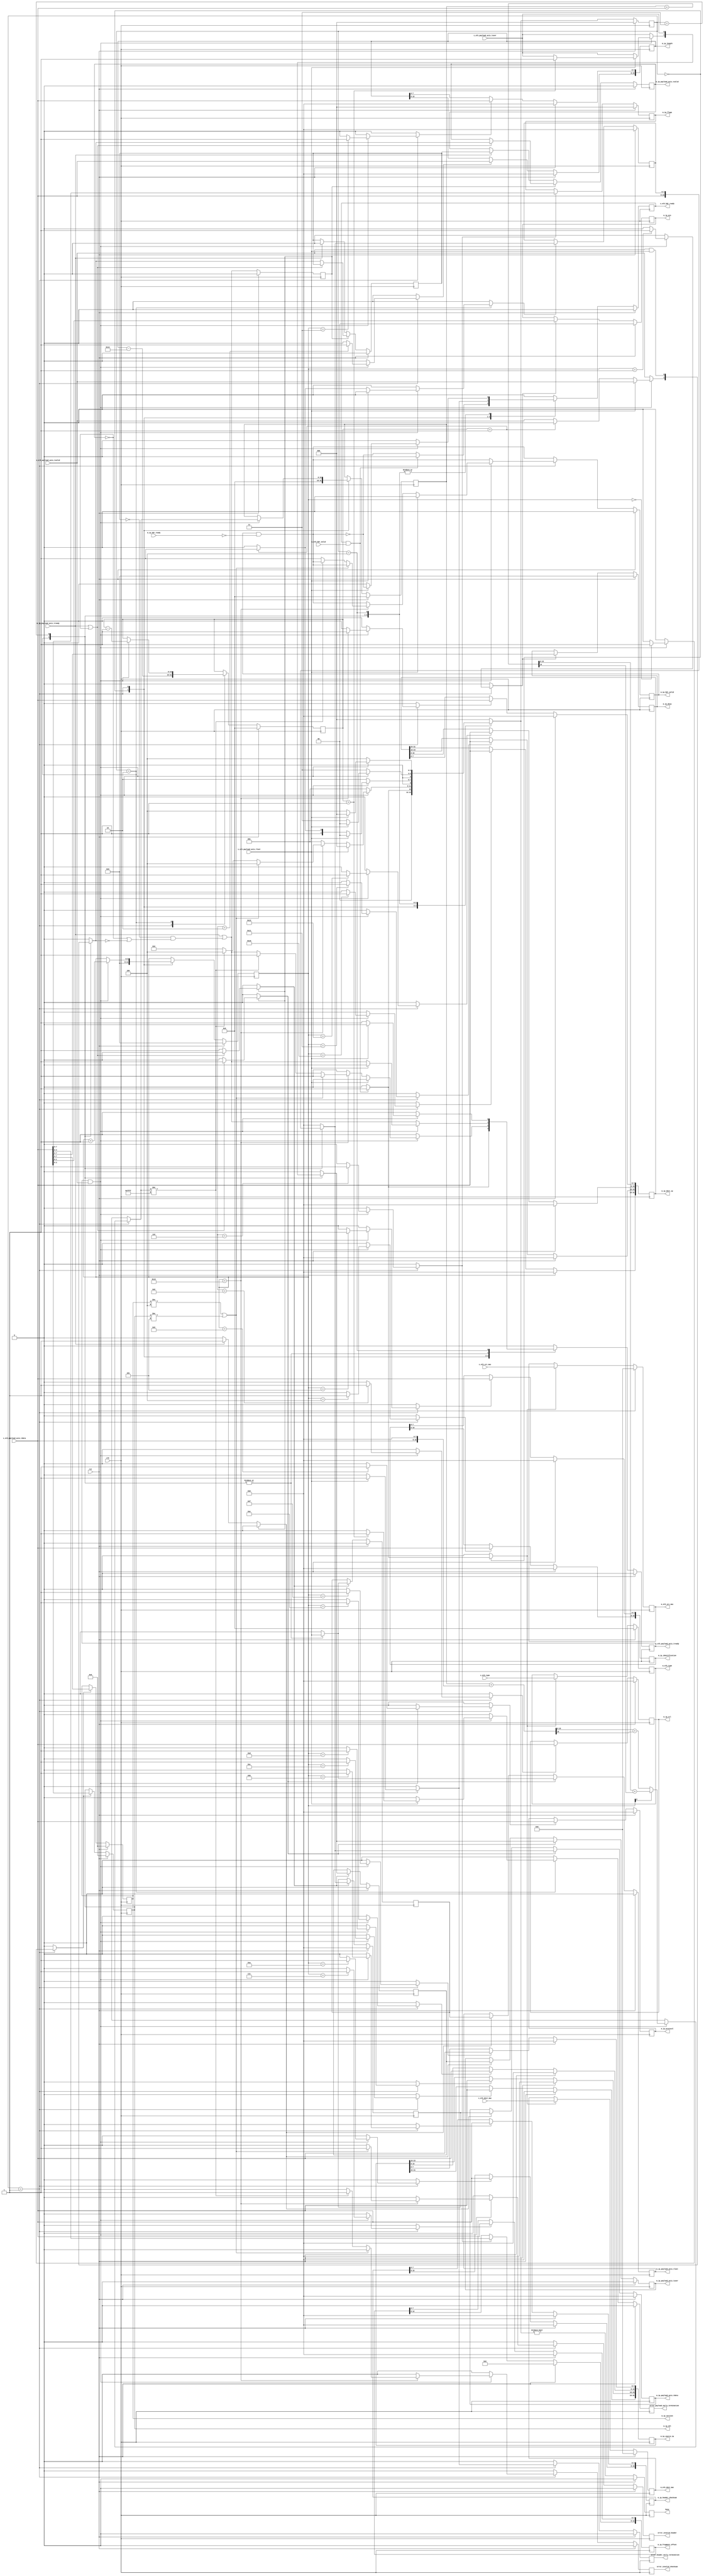
/*

Copyright (c) 2014-2018 Alex Forencich

Permission is hereby granted, free of charge, to any person obtaining a copy
of this software and associated documentation files (the "Software"), to deal
in the Software without restriction, including without limitation the rights
to use, copy, modify, merge, publish, distribute, sublicense, and/or sell
copies of the Software, and to permit persons to whom the Software is
furnished to do so, subject to the following conditions:

The above copyright notice and this permission notice shall be included in
all copies or substantial portions of the Software.

THE SOFTWARE IS PROVIDED "AS IS", WITHOUT WARRANTY OF ANY KIND, EXPRESS OR
IMPLIED, INCLUDING BUT NOT LIMITED TO THE WARRANTIES OF MERCHANTABILITY
FITNESS FOR A PARTICULAR PURPOSE AND NONINFRINGEMENT. IN NO EVENT SHALL THE
AUTHORS OR COPYRIGHT HOLDERS BE LIABLE FOR ANY CLAIM, DAMAGES OR OTHER
LIABILITY, WHETHER IN AN ACTION OF CONTRACT, TORT OR OTHERWISE, ARISING FROM,
OUT OF OR IN CONNECTION WITH THE SOFTWARE OR THE USE OR OTHER DEALINGS IN
THE SOFTWARE.

*/

// Language: Verilog 2001

`timescale 1ns / 1ps

/*
 * IP ethernet frame receiver (Ethernet frame in, IP frame out)
 */
module ip_eth_rx
(
    input  wire        clk,
    input  wire        rst,

    /*
     * Ethernet frame input
     */
    input  wire        s_eth_hdr_valid,
    output wire        s_eth_hdr_ready,
    input  wire [47:0] s_eth_dest_mac,
    input  wire [47:0] s_eth_src_mac,
    input  wire [15:0] s_eth_type,
    input  wire [7:0]  s_eth_payload_axis_tdata,
    input  wire        s_eth_payload_axis_tvalid,
    output wire        s_eth_payload_axis_tready,
    input  wire        s_eth_payload_axis_tlast,
    input  wire        s_eth_payload_axis_tuser,

    /*
     * IP frame output
     */
    output wire        m_ip_hdr_valid,
    input  wire        m_ip_hdr_ready,
    output wire [47:0] m_eth_dest_mac,
    output wire [47:0] m_eth_src_mac,
    output wire [15:0] m_eth_type,
    output wire [3:0]  m_ip_version,
    output wire [3:0]  m_ip_ihl,
    output wire [5:0]  m_ip_dscp,
    output wire [1:0]  m_ip_ecn,
    output wire [15:0] m_ip_length,
    output wire [15:0] m_ip_identification,
    output wire [2:0]  m_ip_flags,
    output wire [12:0] m_ip_fragment_offset,
    output wire [7:0]  m_ip_ttl,
    output wire [7:0]  m_ip_protocol,
    output wire [15:0] m_ip_header_checksum,
    output wire [31:0] m_ip_source_ip,
    output wire [31:0] m_ip_dest_ip,
    output wire [7:0]  m_ip_payload_axis_tdata,
    output wire        m_ip_payload_axis_tvalid,
    input  wire        m_ip_payload_axis_tready,
    output wire        m_ip_payload_axis_tlast,
    output wire        m_ip_payload_axis_tuser,

    /*
     * Status signals
     */
    output wire        busy,
    output wire        error_header_early_termination,
    output wire        error_payload_early_termination,
    output wire        error_invalid_header,
    output wire        error_invalid_checksum
);

/*

IP Frame

 Field                       Length
 Destination MAC address     6 octets
 Source MAC address          6 octets
 Ethertype (0x0800)          2 octets
 Version (4)                 4 bits
 IHL (5-15)                  4 bits
 DSCP (0)                    6 bits
 ECN (0)                     2 bits
 length                      2 octets
 identification (0?)         2 octets
 flags (010)                 3 bits
 fragment offset (0)         13 bits
 time to live (64?)          1 octet
 protocol                    1 octet
 header checksum             2 octets
 source IP                   4 octets
 destination IP              4 octets
 options                     (IHL-5)*4 octets
 payload                     length octets

This module receives an Ethernet frame with header fields in parallel and
payload on an AXI stream interface, decodes and strips the IP header fields,
then produces the header fields in parallel along with the IP payload in a
separate AXI stream.

*/

localparam [2:0]
    STATE_IDLE = 3'd0,
    STATE_READ_HEADER = 3'd1,
    STATE_READ_PAYLOAD = 3'd2,
    STATE_READ_PAYLOAD_LAST = 3'd3,
    STATE_WAIT_LAST = 3'd4;

reg [2:0] state_reg, state_next;

// datapath control signals
reg store_eth_hdr;
reg store_ip_version_ihl;
reg store_ip_dscp_ecn;
reg store_ip_length_0;
reg store_ip_length_1;
reg store_ip_identification_0;
reg store_ip_identification_1;
reg store_ip_flags_fragment_offset_0;
reg store_ip_flags_fragment_offset_1;
reg store_ip_ttl;
reg store_ip_protocol;
reg store_ip_header_checksum_0;
reg store_ip_header_checksum_1;
reg store_ip_source_ip_0;
reg store_ip_source_ip_1;
reg store_ip_source_ip_2;
reg store_ip_source_ip_3;
reg store_ip_dest_ip_0;
reg store_ip_dest_ip_1;
reg store_ip_dest_ip_2;
reg store_ip_dest_ip_3;
reg store_last_word;

reg [5:0] hdr_ptr_reg, hdr_ptr_next;
reg [15:0] word_count_reg, word_count_next;

reg [15:0] hdr_sum_reg, hdr_sum_next;

reg [7:0] last_word_data_reg;

reg s_eth_hdr_ready_reg, s_eth_hdr_ready_next;
reg s_eth_payload_axis_tready_reg, s_eth_payload_axis_tready_next;

reg m_ip_hdr_valid_reg, m_ip_hdr_valid_next;
reg [47:0] m_eth_dest_mac_reg;
reg [47:0] m_eth_src_mac_reg;
reg [15:0] m_eth_type_reg;
reg [3:0] m_ip_version_reg;
reg [3:0] m_ip_ihl_reg;
reg [5:0] m_ip_dscp_reg;
reg [1:0] m_ip_ecn_reg;
reg [15:0] m_ip_length_reg;
reg [15:0] m_ip_identification_reg;
reg [2:0] m_ip_flags_reg;
reg [12:0] m_ip_fragment_offset_reg;
reg [7:0] m_ip_ttl_reg;
reg [7:0] m_ip_protocol_reg;
reg [15:0] m_ip_header_checksum_reg;
reg [31:0] m_ip_source_ip_reg;
reg [31:0] m_ip_dest_ip_reg;

reg busy_reg;
reg error_header_early_termination_reg, error_header_early_termination_next;
reg error_payload_early_termination_reg, error_payload_early_termination_next;
reg error_invalid_header_reg, error_invalid_header_next;
reg error_invalid_checksum_reg, error_invalid_checksum_next;

// internal datapath
reg [7:0] m_ip_payload_axis_tdata_int;
reg       m_ip_payload_axis_tvalid_int;
reg       m_ip_payload_axis_tready_int_reg;
reg       m_ip_payload_axis_tlast_int;
reg       m_ip_payload_axis_tuser_int;
wire      m_ip_payload_axis_tready_int_early;

assign s_eth_hdr_ready = s_eth_hdr_ready_reg;
assign s_eth_payload_axis_tready = s_eth_payload_axis_tready_reg;

assign m_ip_hdr_valid = m_ip_hdr_valid_reg;
assign m_eth_dest_mac = m_eth_dest_mac_reg;
assign m_eth_src_mac = m_eth_src_mac_reg;
assign m_eth_type = m_eth_type_reg;
assign m_ip_version = m_ip_version_reg;
assign m_ip_ihl = m_ip_ihl_reg;
assign m_ip_dscp = m_ip_dscp_reg;
assign m_ip_ecn = m_ip_ecn_reg;
assign m_ip_length = m_ip_length_reg;
assign m_ip_identification = m_ip_identification_reg;
assign m_ip_flags = m_ip_flags_reg;
assign m_ip_fragment_offset = m_ip_fragment_offset_reg;
assign m_ip_ttl = m_ip_ttl_reg;
assign m_ip_protocol = m_ip_protocol_reg;
assign m_ip_header_checksum = m_ip_header_checksum_reg;
assign m_ip_source_ip = m_ip_source_ip_reg;
assign m_ip_dest_ip = m_ip_dest_ip_reg;

assign busy = busy_reg;
assign error_header_early_termination = error_header_early_termination_reg;
assign error_payload_early_termination = error_payload_early_termination_reg;
assign error_invalid_header = error_invalid_header_reg;
assign error_invalid_checksum = error_invalid_checksum_reg;

function [15:0] add1c16b;
    input [15:0] a, b;
    reg [16:0] t;
    begin
        t = a+b;
        add1c16b = t[15:0] + t[16];
    end
endfunction

always @* begin
    state_next = STATE_IDLE;

    s_eth_hdr_ready_next = 1'b0;
    s_eth_payload_axis_tready_next = 1'b0;

    store_eth_hdr = 1'b0;
    store_ip_version_ihl = 1'b0;
    store_ip_dscp_ecn = 1'b0;
    store_ip_length_0 = 1'b0;
    store_ip_length_1 = 1'b0;
    store_ip_identification_0 = 1'b0;
    store_ip_identification_1 = 1'b0;
    store_ip_flags_fragment_offset_0 = 1'b0;
    store_ip_flags_fragment_offset_1 = 1'b0;
    store_ip_ttl = 1'b0;
    store_ip_protocol = 1'b0;
    store_ip_header_checksum_0 = 1'b0;
    store_ip_header_checksum_1 = 1'b0;
    store_ip_source_ip_0 = 1'b0;
    store_ip_source_ip_1 = 1'b0;
    store_ip_source_ip_2 = 1'b0;
    store_ip_source_ip_3 = 1'b0;
    store_ip_dest_ip_0 = 1'b0;
    store_ip_dest_ip_1 = 1'b0;
    store_ip_dest_ip_2 = 1'b0;
    store_ip_dest_ip_3 = 1'b0;

    store_last_word = 1'b0;

    hdr_ptr_next = hdr_ptr_reg;
    word_count_next = word_count_reg;

    hdr_sum_next = hdr_sum_reg;

    m_ip_hdr_valid_next = m_ip_hdr_valid_reg && !m_ip_hdr_ready;

    error_header_early_termination_next = 1'b0;
    error_payload_early_termination_next = 1'b0;
    error_invalid_header_next = 1'b0;
    error_invalid_checksum_next = 1'b0;

    m_ip_payload_axis_tdata_int = 8'd0;
    m_ip_payload_axis_tvalid_int = 1'b0;
    m_ip_payload_axis_tlast_int = 1'b0;
    m_ip_payload_axis_tuser_int = 1'b0;

    case (state_reg)
        STATE_IDLE: begin
            // idle state - wait for header
            hdr_ptr_next = 16'd0;
            hdr_sum_next = 16'd0;
            s_eth_hdr_ready_next = !m_ip_hdr_valid_next;

            if (s_eth_hdr_ready && s_eth_hdr_valid) begin
                s_eth_hdr_ready_next = 1'b0;
                s_eth_payload_axis_tready_next = 1'b1;
                store_eth_hdr = 1'b1;
                state_next = STATE_READ_HEADER;
            end else begin
                state_next = STATE_IDLE;
            end
        end
        STATE_READ_HEADER: begin
            // read header
            s_eth_payload_axis_tready_next = 1'b1;
            word_count_next = m_ip_length_reg - 5*4;

            if (s_eth_payload_axis_tready && s_eth_payload_axis_tvalid) begin
                // word transfer in - store it
                hdr_ptr_next = hdr_ptr_reg + 6'd1;
                state_next = STATE_READ_HEADER;

                if (hdr_ptr_reg[0]) begin
                    hdr_sum_next = add1c16b(hdr_sum_reg, {8'd0, s_eth_payload_axis_tdata});
                end else begin
                    hdr_sum_next = add1c16b(hdr_sum_reg, {s_eth_payload_axis_tdata, 8'd0});
                end

                case (hdr_ptr_reg)
                    6'h00: store_ip_version_ihl = 1'b1;
                    6'h01: store_ip_dscp_ecn = 1'b1;
                    6'h02: store_ip_length_1 = 1'b1;
                    6'h03: store_ip_length_0 = 1'b1;
                    6'h04: store_ip_identification_1 = 1'b1;
                    6'h05: store_ip_identification_0 = 1'b1;
                    6'h06: store_ip_flags_fragment_offset_1 = 1'b1;
                    6'h07: store_ip_flags_fragment_offset_0 = 1'b1;
                    6'h08: store_ip_ttl = 1'b1;
                    6'h09: store_ip_protocol = 1'b1;
                    6'h0A: store_ip_header_checksum_1 = 1'b1;
                    6'h0B: store_ip_header_checksum_0 = 1'b1;
                    6'h0C: store_ip_source_ip_3 = 1'b1;
                    6'h0D: store_ip_source_ip_2 = 1'b1;
                    6'h0E: store_ip_source_ip_1 = 1'b1;
                    6'h0F: store_ip_source_ip_0 = 1'b1;
                    6'h10: store_ip_dest_ip_3 = 1'b1;
                    6'h11: store_ip_dest_ip_2 = 1'b1;
                    6'h12: store_ip_dest_ip_1 = 1'b1;
                    6'h13: begin
                        store_ip_dest_ip_0 = 1'b1;
                        if (m_ip_version_reg != 4'd4 || m_ip_ihl_reg != 4'd5) begin
                            error_invalid_header_next = 1'b1;
                            state_next = STATE_WAIT_LAST;
                        end else if (hdr_sum_next != 16'hffff) begin
                            error_invalid_checksum_next = 1'b1;
                            state_next = STATE_WAIT_LAST;
                        end else begin
                            m_ip_hdr_valid_next = 1'b1;
                            s_eth_payload_axis_tready_next = m_ip_payload_axis_tready_int_early;
                            state_next = STATE_READ_PAYLOAD;
                        end
                    end
                endcase

                if (s_eth_payload_axis_tlast) begin
                    error_header_early_termination_next = 1'b1;
                    m_ip_hdr_valid_next = 1'b0;
                    s_eth_hdr_ready_next = !m_ip_hdr_valid_next;
                    s_eth_payload_axis_tready_next = 1'b0;
                    state_next = STATE_IDLE;
                end

            end else begin
                state_next = STATE_READ_HEADER;
            end
        end
        STATE_READ_PAYLOAD: begin
            // read payload
            s_eth_payload_axis_tready_next = m_ip_payload_axis_tready_int_early;

            m_ip_payload_axis_tdata_int = s_eth_payload_axis_tdata;
            m_ip_payload_axis_tvalid_int = s_eth_payload_axis_tvalid;
            m_ip_payload_axis_tlast_int = s_eth_payload_axis_tlast;
            m_ip_payload_axis_tuser_int = s_eth_payload_axis_tuser;

            if (s_eth_payload_axis_tready && s_eth_payload_axis_tvalid) begin
                // word transfer through
                word_count_next = word_count_reg - 16'd1;
                if (s_eth_payload_axis_tlast) begin
                    if (word_count_reg > 16'd1) begin
                        // end of frame, but length does not match
                        m_ip_payload_axis_tuser_int = 1'b1;
                        error_payload_early_termination_next = 1'b1;
                    end
                    s_eth_hdr_ready_next = !m_ip_hdr_valid_next;
                    s_eth_payload_axis_tready_next = 1'b0;
                    state_next = STATE_IDLE;
                end else begin
                    if (word_count_reg == 16'd1) begin
                        store_last_word = 1'b1;
                        m_ip_payload_axis_tvalid_int = 1'b0;
                        state_next = STATE_READ_PAYLOAD_LAST;
                    end else begin
                        state_next = STATE_READ_PAYLOAD;
                    end
                end
            end else begin
                state_next = STATE_READ_PAYLOAD;
            end
        end
        STATE_READ_PAYLOAD_LAST: begin
            // read and discard until end of frame
            s_eth_payload_axis_tready_next = m_ip_payload_axis_tready_int_early;

            m_ip_payload_axis_tdata_int = last_word_data_reg;
            m_ip_payload_axis_tvalid_int = s_eth_payload_axis_tvalid && s_eth_payload_axis_tlast;
            m_ip_payload_axis_tlast_int = s_eth_payload_axis_tlast;
            m_ip_payload_axis_tuser_int = s_eth_payload_axis_tuser;

            if (s_eth_payload_axis_tready && s_eth_payload_axis_tvalid) begin
                if (s_eth_payload_axis_tlast) begin
                    s_eth_hdr_ready_next = !m_ip_hdr_valid_next;
                    s_eth_payload_axis_tready_next = 1'b0;
                    state_next = STATE_IDLE;
                end else begin
                    state_next = STATE_READ_PAYLOAD_LAST;
                end
            end else begin
                state_next = STATE_READ_PAYLOAD_LAST;
            end
        end
        STATE_WAIT_LAST: begin
            // read and discard until end of frame
            s_eth_payload_axis_tready_next = 1'b1;

            if (s_eth_payload_axis_tready && s_eth_payload_axis_tvalid) begin
                if (s_eth_payload_axis_tlast) begin
                    s_eth_hdr_ready_next = !m_ip_hdr_valid_next;
                    s_eth_payload_axis_tready_next = 1'b0;
                    state_next = STATE_IDLE;
                end else begin
                    state_next = STATE_WAIT_LAST;
                end
            end else begin
                state_next = STATE_WAIT_LAST;
            end
        end
    endcase
end

always @(posedge clk) begin
    if (rst) begin
        state_reg <= STATE_IDLE;
        s_eth_hdr_ready_reg <= 1'b0;
        s_eth_payload_axis_tready_reg <= 1'b0;
        m_ip_hdr_valid_reg <= 1'b0;
        busy_reg <= 1'b0;
        error_header_early_termination_reg <= 1'b0;
        error_payload_early_termination_reg <= 1'b0;
        error_invalid_header_reg <= 1'b0;
        error_invalid_checksum_reg <= 1'b0;
        hdr_ptr_reg <= 6'd0;
        word_count_reg <= 16'd0;
        hdr_sum_reg <= 16'd0;
        last_word_data_reg <= 8'd0;
        m_eth_dest_mac_reg <= 48'd0;
        m_eth_src_mac_reg <= 48'd0;
        m_eth_type_reg <= 16'd0;
        m_ip_version_reg <= 4'd0;
        m_ip_ihl_reg <= 4'd0;
        m_ip_dscp_reg <= 6'd0;
        m_ip_ecn_reg <= 2'd0;
        m_ip_length_reg <= 16'd0;
        m_ip_identification_reg <= 16'd0;
        m_ip_flags_reg <= 3'd0;
        m_ip_fragment_offset_reg <= 13'd0;
        m_ip_ttl_reg <= 8'd0;
        m_ip_protocol_reg <= 8'd0;
        m_ip_header_checksum_reg <= 16'd0;
        m_ip_source_ip_reg <= 32'd0;
        m_ip_dest_ip_reg <= 32'd0;
    end else begin
        state_reg <= state_next;

        s_eth_hdr_ready_reg <= s_eth_hdr_ready_next;
        s_eth_payload_axis_tready_reg <= s_eth_payload_axis_tready_next;

        m_ip_hdr_valid_reg <= m_ip_hdr_valid_next;

        error_header_early_termination_reg <= error_header_early_termination_next;
        error_payload_early_termination_reg <= error_payload_early_termination_next;
        error_invalid_header_reg <= error_invalid_header_next;
        error_invalid_checksum_reg <= error_invalid_checksum_next;

        busy_reg <= state_next != STATE_IDLE;

        hdr_ptr_reg <= hdr_ptr_next;
        word_count_reg <= word_count_next;
    
        hdr_sum_reg <= hdr_sum_next;
    
        // datapath
        if (store_eth_hdr) begin
            m_eth_dest_mac_reg <= s_eth_dest_mac;
            m_eth_src_mac_reg <= s_eth_src_mac;
            m_eth_type_reg <= s_eth_type;
        end
    
        if (store_last_word) begin
            last_word_data_reg <= m_ip_payload_axis_tdata_int;
        end
    
        if (store_ip_version_ihl) {m_ip_version_reg, m_ip_ihl_reg} <= s_eth_payload_axis_tdata;
        if (store_ip_dscp_ecn) {m_ip_dscp_reg, m_ip_ecn_reg} <= s_eth_payload_axis_tdata;
        if (store_ip_length_0) m_ip_length_reg[ 7: 0] <= s_eth_payload_axis_tdata;
        if (store_ip_length_1) m_ip_length_reg[15: 8] <= s_eth_payload_axis_tdata;
        if (store_ip_identification_0) m_ip_identification_reg[ 7: 0] <= s_eth_payload_axis_tdata;
        if (store_ip_identification_1) m_ip_identification_reg[15: 8] <= s_eth_payload_axis_tdata;
        if (store_ip_flags_fragment_offset_0) m_ip_fragment_offset_reg[ 7:0] <= s_eth_payload_axis_tdata;
        if (store_ip_flags_fragment_offset_1) {m_ip_flags_reg, m_ip_fragment_offset_reg[12:8]} <= s_eth_payload_axis_tdata;
        if (store_ip_ttl) m_ip_ttl_reg <= s_eth_payload_axis_tdata;
        if (store_ip_protocol) m_ip_protocol_reg <= s_eth_payload_axis_tdata;
        if (store_ip_header_checksum_0) m_ip_header_checksum_reg[ 7: 0] <= s_eth_payload_axis_tdata;
        if (store_ip_header_checksum_1) m_ip_header_checksum_reg[15: 8] <= s_eth_payload_axis_tdata;
        if (store_ip_source_ip_0) m_ip_source_ip_reg[ 7: 0] <= s_eth_payload_axis_tdata;
        if (store_ip_source_ip_1) m_ip_source_ip_reg[15: 8] <= s_eth_payload_axis_tdata;
        if (store_ip_source_ip_2) m_ip_source_ip_reg[23:16] <= s_eth_payload_axis_tdata;
        if (store_ip_source_ip_3) m_ip_source_ip_reg[31:24] <= s_eth_payload_axis_tdata;
        if (store_ip_dest_ip_0) m_ip_dest_ip_reg[ 7: 0] <= s_eth_payload_axis_tdata;
        if (store_ip_dest_ip_1) m_ip_dest_ip_reg[15: 8] <= s_eth_payload_axis_tdata;
        if (store_ip_dest_ip_2) m_ip_dest_ip_reg[23:16] <= s_eth_payload_axis_tdata;
        if (store_ip_dest_ip_3) m_ip_dest_ip_reg[31:24] <= s_eth_payload_axis_tdata;
    end
end

// output datapath logic
reg [7:0] m_ip_payload_axis_tdata_reg;
reg       m_ip_payload_axis_tvalid_reg, m_ip_payload_axis_tvalid_next;
reg       m_ip_payload_axis_tlast_reg;
reg       m_ip_payload_axis_tuser_reg;

reg [7:0] temp_m_ip_payload_axis_tdata_reg;
reg       temp_m_ip_payload_axis_tvalid_reg, temp_m_ip_payload_axis_tvalid_next;
reg       temp_m_ip_payload_axis_tlast_reg;
reg       temp_m_ip_payload_axis_tuser_reg;

// datapath control
reg store_ip_payload_int_to_output;
reg store_ip_payload_int_to_temp;
reg store_ip_payload_axis_temp_to_output;

assign m_ip_payload_axis_tdata = m_ip_payload_axis_tdata_reg;
assign m_ip_payload_axis_tvalid = m_ip_payload_axis_tvalid_reg;
assign m_ip_payload_axis_tlast = m_ip_payload_axis_tlast_reg;
assign m_ip_payload_axis_tuser = m_ip_payload_axis_tuser_reg;

// enable ready input next cycle if output is ready or the temp reg will not be filled on the next cycle (output reg empty or no input)
assign m_ip_payload_axis_tready_int_early = m_ip_payload_axis_tready || (!temp_m_ip_payload_axis_tvalid_reg && (!m_ip_payload_axis_tvalid_reg || !m_ip_payload_axis_tvalid_int));

always @* begin
    // transfer sink ready state to source
    m_ip_payload_axis_tvalid_next = m_ip_payload_axis_tvalid_reg;
    temp_m_ip_payload_axis_tvalid_next = temp_m_ip_payload_axis_tvalid_reg;

    store_ip_payload_int_to_output = 1'b0;
    store_ip_payload_int_to_temp = 1'b0;
    store_ip_payload_axis_temp_to_output = 1'b0;
    
    if (m_ip_payload_axis_tready_int_reg) begin
        // input is ready
        if (m_ip_payload_axis_tready || !m_ip_payload_axis_tvalid_reg) begin
            // output is ready or currently not valid, transfer data to output
            m_ip_payload_axis_tvalid_next = m_ip_payload_axis_tvalid_int;
            store_ip_payload_int_to_output = 1'b1;
        end else begin
            // output is not ready, store input in temp
            temp_m_ip_payload_axis_tvalid_next = m_ip_payload_axis_tvalid_int;
            store_ip_payload_int_to_temp = 1'b1;
        end
    end else if (m_ip_payload_axis_tready) begin
        // input is not ready, but output is ready
        m_ip_payload_axis_tvalid_next = temp_m_ip_payload_axis_tvalid_reg;
        temp_m_ip_payload_axis_tvalid_next = 1'b0;
        store_ip_payload_axis_temp_to_output = 1'b1;
    end
end

always @(posedge clk) begin
    if (rst) begin
        m_ip_payload_axis_tready_int_reg <= 1'b0;
        m_ip_payload_axis_tdata_reg <= 8'd0;
        m_ip_payload_axis_tvalid_reg <= 1'b0;
        m_ip_payload_axis_tlast_reg <= 1'b0;
        m_ip_payload_axis_tuser_reg <= 1'b0;
        temp_m_ip_payload_axis_tdata_reg <= 8'd0;
        temp_m_ip_payload_axis_tvalid_reg <= 1'b0;
        temp_m_ip_payload_axis_tlast_reg <= 1'b0;
        temp_m_ip_payload_axis_tuser_reg <= 1'b0;
    end else begin
        m_ip_payload_axis_tvalid_reg <= m_ip_payload_axis_tvalid_next;
        m_ip_payload_axis_tready_int_reg <= m_ip_payload_axis_tready_int_early;
        temp_m_ip_payload_axis_tvalid_reg <= temp_m_ip_payload_axis_tvalid_next;

        // datapath
        if (store_ip_payload_int_to_output) begin
            m_ip_payload_axis_tdata_reg <= m_ip_payload_axis_tdata_int;
            m_ip_payload_axis_tlast_reg <= m_ip_payload_axis_tlast_int;
            m_ip_payload_axis_tuser_reg <= m_ip_payload_axis_tuser_int;
        end else if (store_ip_payload_axis_temp_to_output) begin
            m_ip_payload_axis_tdata_reg <= temp_m_ip_payload_axis_tdata_reg;
            m_ip_payload_axis_tlast_reg <= temp_m_ip_payload_axis_tlast_reg;
            m_ip_payload_axis_tuser_reg <= temp_m_ip_payload_axis_tuser_reg;
        end
    
        if (store_ip_payload_int_to_temp) begin
            temp_m_ip_payload_axis_tdata_reg <= m_ip_payload_axis_tdata_int;
            temp_m_ip_payload_axis_tlast_reg <= m_ip_payload_axis_tlast_int;
            temp_m_ip_payload_axis_tuser_reg <= m_ip_payload_axis_tuser_int;
        end
    end
end

endmodule